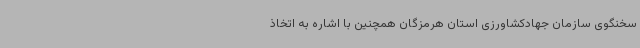
سخنگوی سازمان جهادکشاورزی استان هرمزگان همچنین با اشاره به اتخاذ